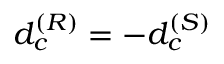
d _ { c } ^ { ( R ) } = - d _ { c } ^ { ( S ) }